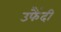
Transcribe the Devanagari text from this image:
उफैंदी